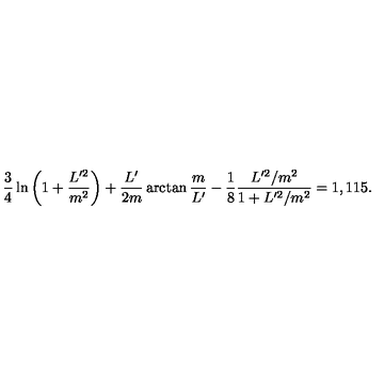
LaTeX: \frac 3 4 \ln \left( 1 + \frac { L ^ { \prime 2 } } { m ^ { 2 } } \right) + \frac { L ^ { \prime } } { 2 m } \arctan \frac m { L ^ { \prime } } - \frac 1 8 \frac { L ^ { \prime 2 } / m ^ { 2 } } { 1 + L ^ { \prime 2 } / m ^ { 2 } } = 1 , 1 1 5 .